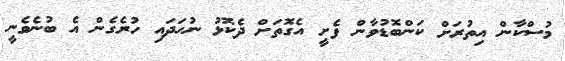
މުސްކާން އިތުރަށް ކަންބޮޑުވާން ފެށީ އެގޮތަށް ދެކޮޅު ނުހަދައި ހުރެގެން އެ ބުނެވެނީ